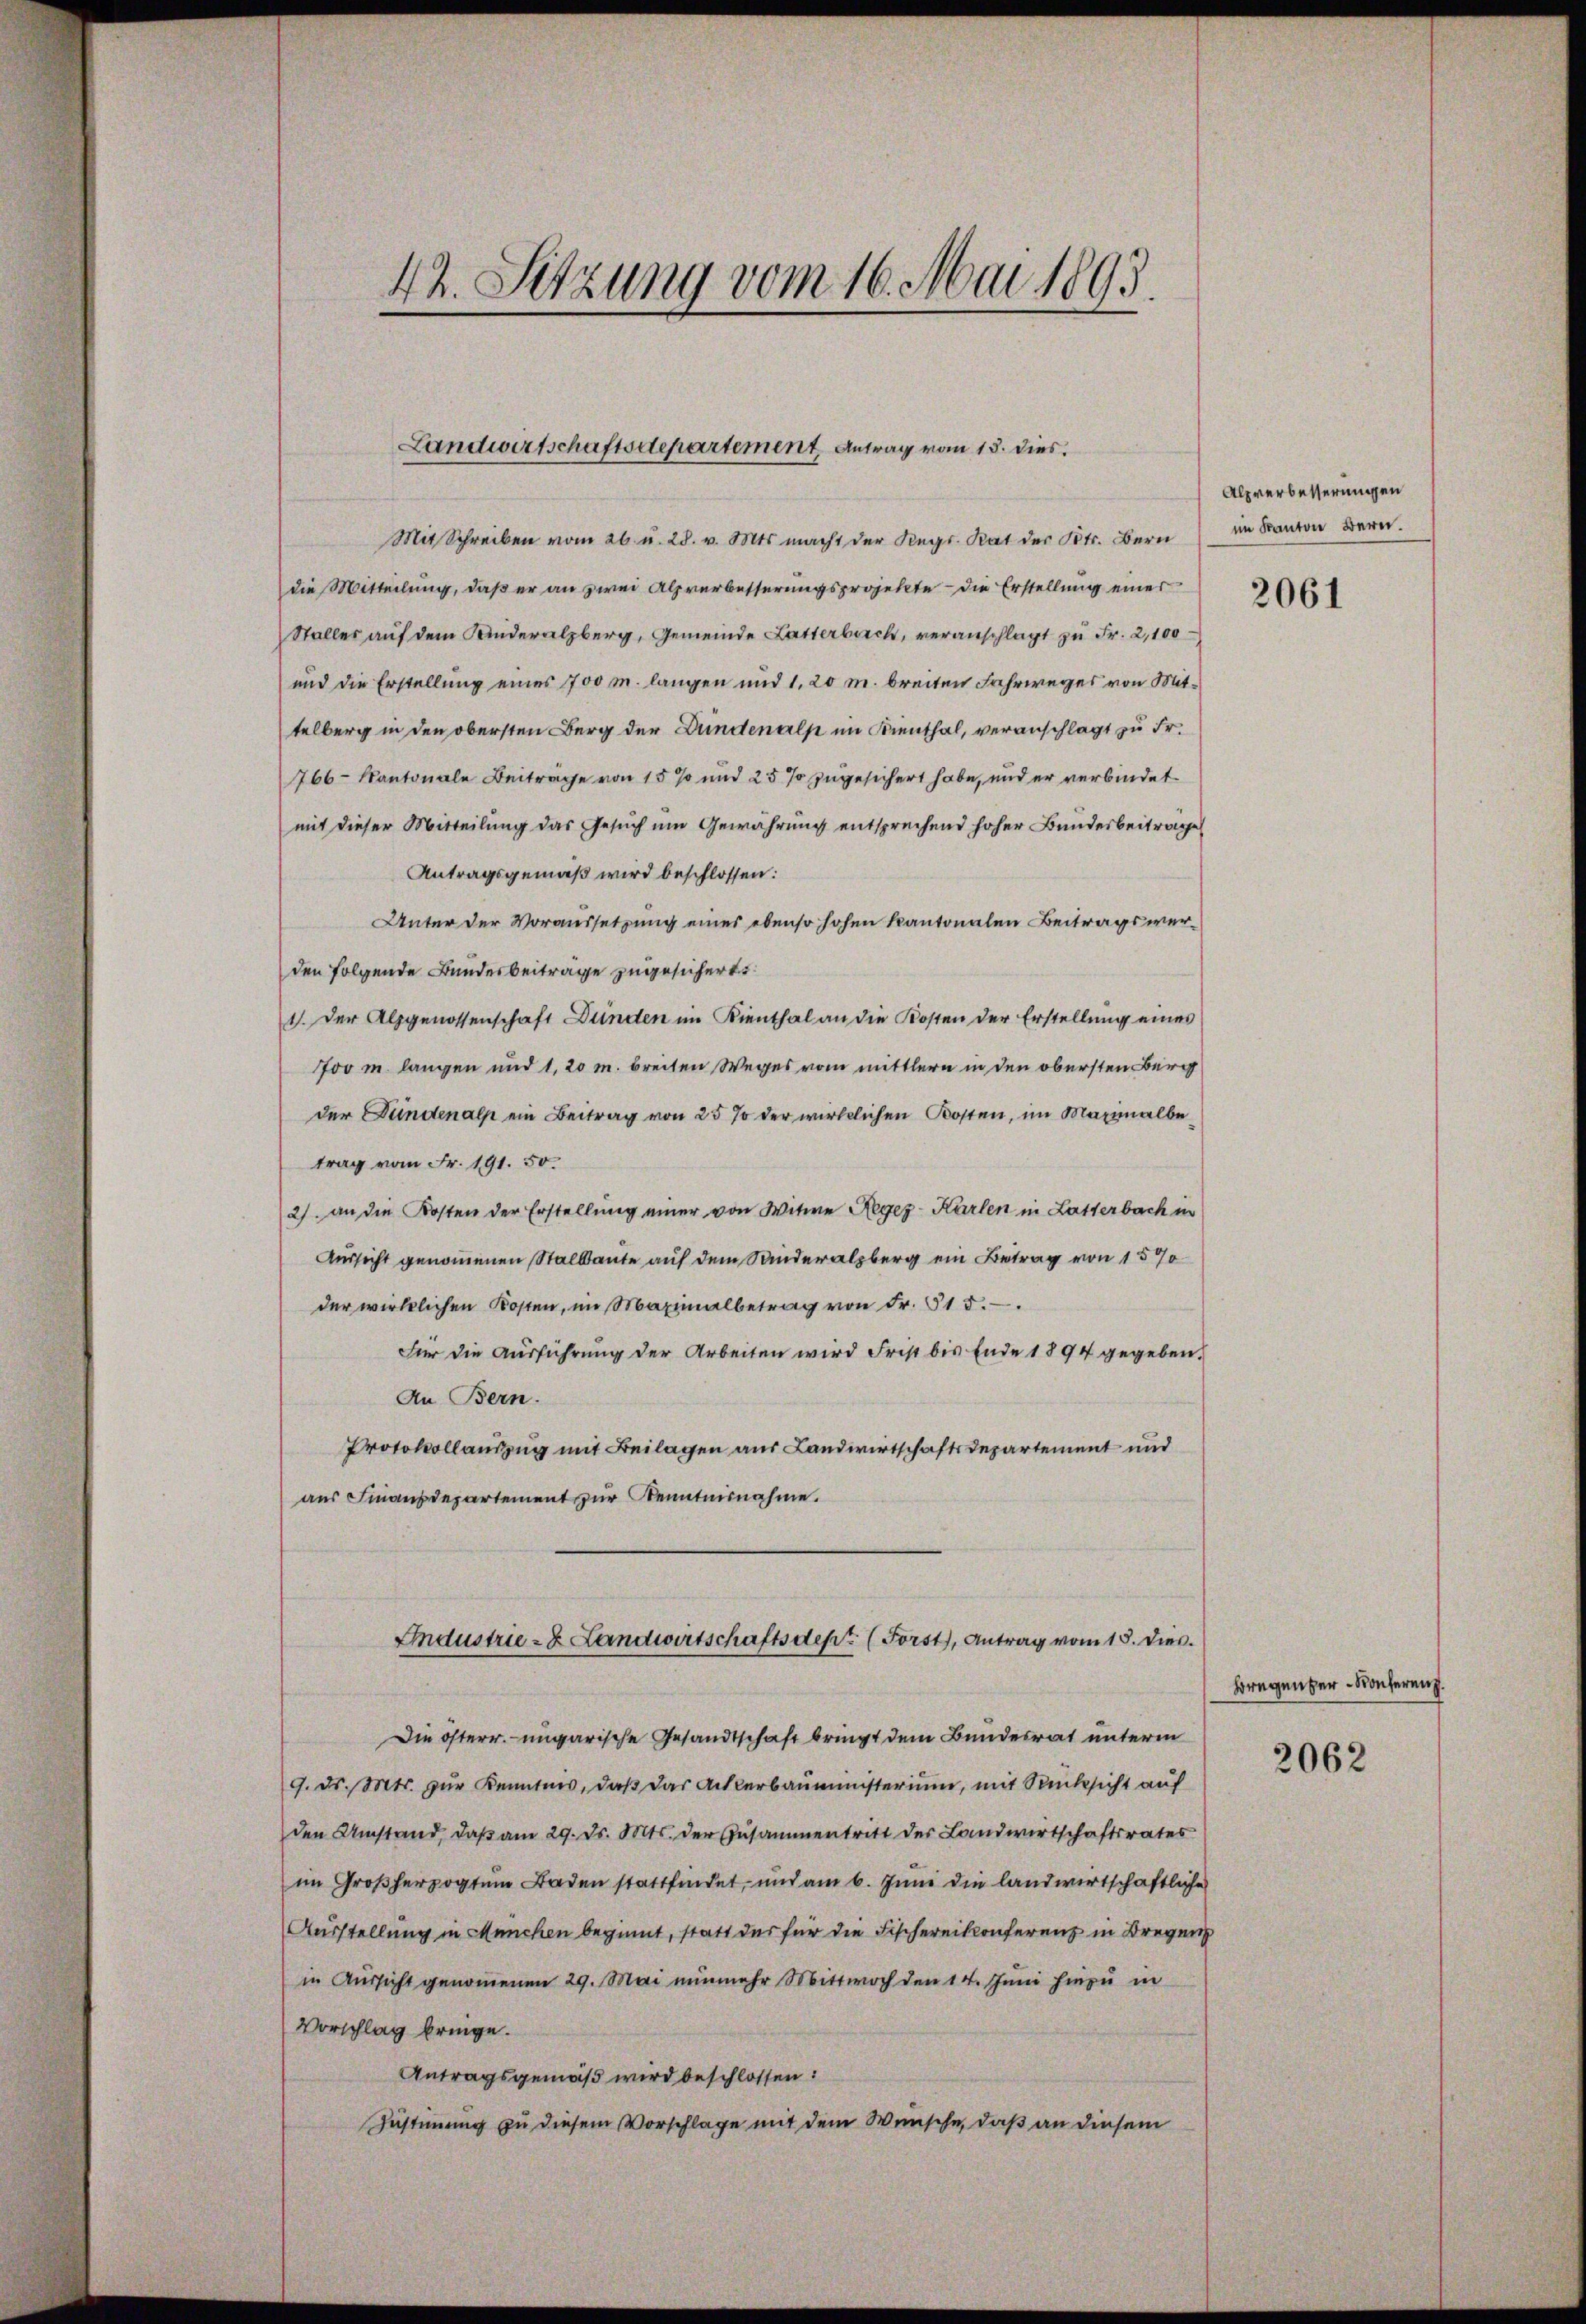
42. Sitzung vom 16. Mai 1893.

Landwirtschaftsdepartement. Antrag vom 13. dies.

Mit Schreiben vom 26. u. 28. v. Mts. macht der Reg. Rat des Kts. Bern
die Mitteilung, daß er an zwei Alpverbesserungsprojekte - die Erstellung einer
Staller auf dem Kinderalzberg, Gemeinde Latterbuch, veranschlagt zu Fr. 2,100
und die Erstellung eines 700 m. langen und 1. 20 m breiten Fahrweges von Mittelberg in den obersten Berg der Bundenalp im Kienthal, veranschlägt zu Fr.
766- Kantonale Beiträge von 15 % und 25 % zugesichert habe, und er verbindet.
mit dieser Mitteilung das Gesuch um Gewährung entsprechend hoher Bundesbeitrage
Antragsgemäß wird beschlossen:
Unter der Voraussetzung eines ebenso hohen kantonalen Beitragswerden folgende Bundesbeiträge zugesichert.
1. Der Alpgenossenschaft Bunden im Kienthal an die Kosten der Erstellung eines
Jov m langen und 1, 20 m breiten Weges vom mittlern in den obersten Berg
der Bundenalp ein Beitrag von 25 % der wirklichen Kosten, im Maximalbetrag vom Fr. 191. 50.
2. an die Kosten der Erstellung einer von Witwe Reger-Karlen in Latterbach in
Aussicht genommenen Stallante auf dem Sinderalpberg ein Betrag von 1570
der wirklichen Kosten, im Maximalbetrag von Fr. 615.
Für die Ausführung der Arbeiten wird Frist bis Ende 1894 gegeben.
An Bern.
Protokollauszug mit Beilagen aus Landwirtschaftsdepartement und
aus Finanzdepartement zur Kenntnisnahme.
Industrie- & Landwirtschaftsdept. (Forst, Antrag vom 15. dies
Die österr. ungarische Gesandtschaft bringt dem Bundesrat unterm
9. ds. Mts. zŭr Kenntnis, daß das Ackerbaumünsterium, mit Rücksicht auf
den Umstand, daβ am 29. ds. Mts. der Zusammentritt der Landwirtschaftsrates
im Großherzogtum Baden stattfindet, und am 6. Juni die landwirtschaftliche
Ausstellung in München beginnt, statt des für die Fischereikkonferenz in Bregen
in Aussicht genommenen 29. Mai nŭnmehr Mittwoch den 14. Juni hinzu in
Vorschlag bringe.
Antragsgemäß wird beschlossen:
Zustimmung zu diesem Vorschlage mit dem Wünsche, daß an diesem

Alpverbesserungen
im Kanton Bern.

2061

Bregenzer-Konferenz

2062